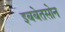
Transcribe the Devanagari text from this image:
इबबेतसोन